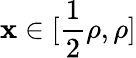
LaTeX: \mathbf{x}\in[\frac{{1}}{{2}}\rho,\rho]